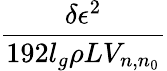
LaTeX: \frac{\delta\epsilon^{2}}{192l_{g}\rho LV_{n,n_{0}}}